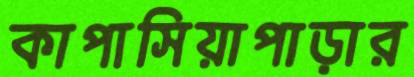
কাপাসিয়াপাড়ার